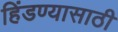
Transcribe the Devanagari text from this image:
हिंडण्यासाठी